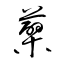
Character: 蘗